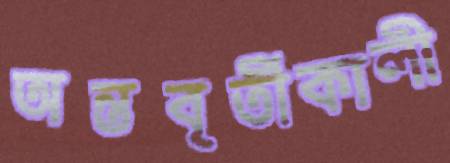
অন্তবৃর্তীকালী